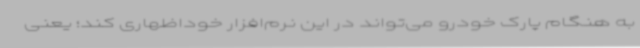
به هنگام پارک خودرو می‌تواند در این نرم‌افزار خوداظهاری کند؛ یعنی